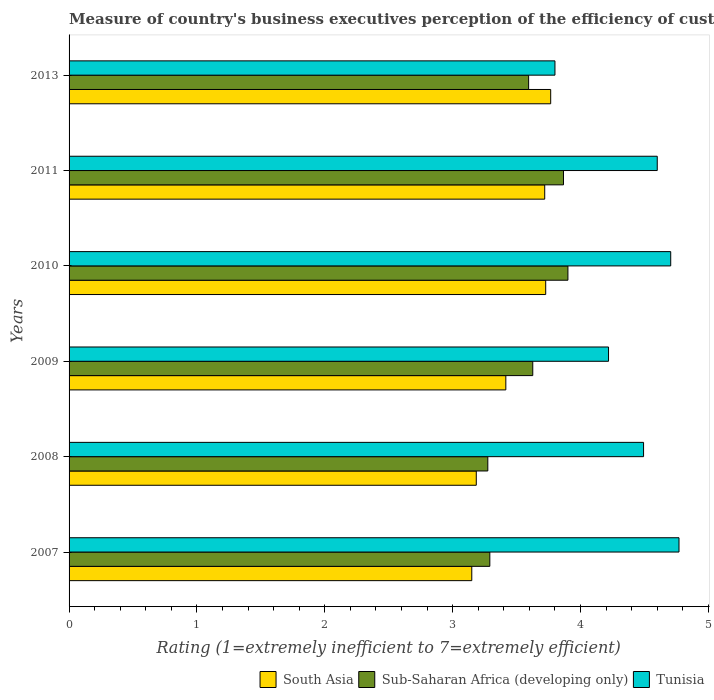
| Years | South Asia | Sub-Saharan Africa (developing only) | Tunisia |
 | --- | --- | --- | --- |
 | 2007 | 3.15 | 3.29 | 4.77 |
 | 2008 | 3.18 | 3.27 | 4.49 |
 | 2009 | 3.42 | 3.63 | 4.22 |
 | 2010 | 3.73 | 3.9 | 4.71 |
 | 2011 | 3.72 | 3.87 | 4.6 |
 | 2013 | 3.77 | 3.59 | 3.8 |